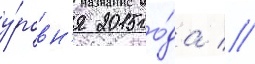
у́ровн'я 2015 го́да //